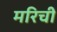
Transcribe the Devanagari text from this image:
मरिची